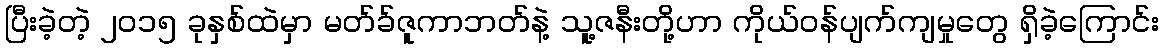
ပြီးခဲ့တဲ့ ၂၀၁၅ ခုနှစ်ထဲမှာ မတ်ခ်ဇူကာဘတ်နဲ့ သူ့ဇနီးတို့ဟာ ကိုယ်ဝန်ပျက်ကျမှုတွေ ရှိခဲ့ကြောင်း